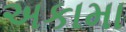
અકામા